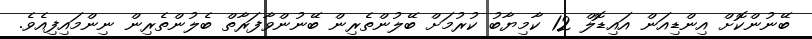
ބޭނުންކޮށް އިންޑިއަން އައިޑޮލް 12 ކާމިޔާބު ކުރުމަށް ބޭލުންތެރިން ބޭނުންވާފަރާތް ބެލުންތެރިން ނިންމައިފިއެވެ.